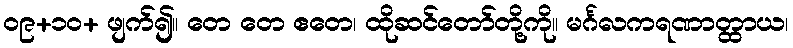
၀၉+၁၀+ ဖျက်၍။ တေ တေ ဧတေ၊ ထိုဆင်တော်တို့ကို။ မင်္ဂလကရဏာတ္ထာယ၊